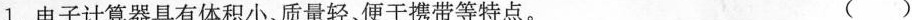
1.电子计算器具有体积小、质量轻、便于携带等特点。 ( )